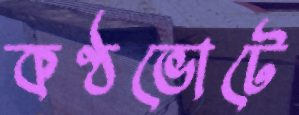
কণ্ঠভোটে